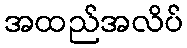
အထည်အလိပ်